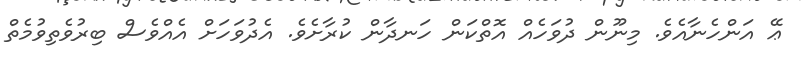
ޢޭ އަންހެނާއެވެ. މިނޫން ދުވަހެއް އޮތްކަން ހަނދާން ކުރާށެވެ. އެދުވަހަށް އެއްވެސް ބިރުވެތިވުމެތް